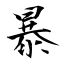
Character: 暴